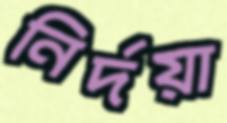
নির্দয়া